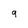
Character: 9